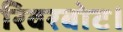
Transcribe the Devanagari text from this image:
रिवरबोट।